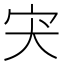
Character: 宊